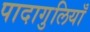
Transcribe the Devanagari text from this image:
पादागुलियाँ